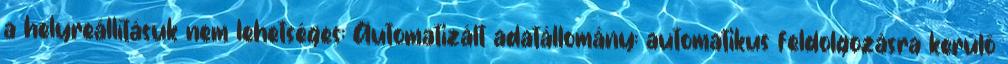
a helyreállításuk nem lehetséges; Automatizált adatállomány: automatikus feldolgozásra kerülő